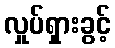
လှုပ်ရှားခွင့်